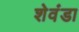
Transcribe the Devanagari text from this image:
शेवंडा